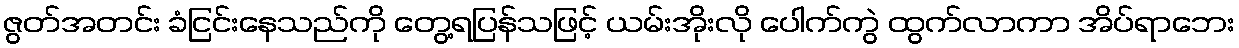
ဇွတ်အတင်း ခံငြင်းနေသည်ကို တွေ့ရပြန်သဖြင့် ယမ်းအိုးလို ပေါက်ကွဲ ထွက်လာကာ အိပ်ရာဘေး